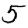
Digit: 5